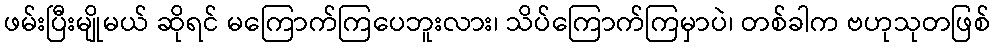
ဖမ်းပြီးမျိုမယ် ဆိုရင် မကြောက်ကြပေဘူးလား၊ သိပ်ကြောက်ကြမှာပဲ၊ တစ်ခါက ဗဟုသုတဖြစ်